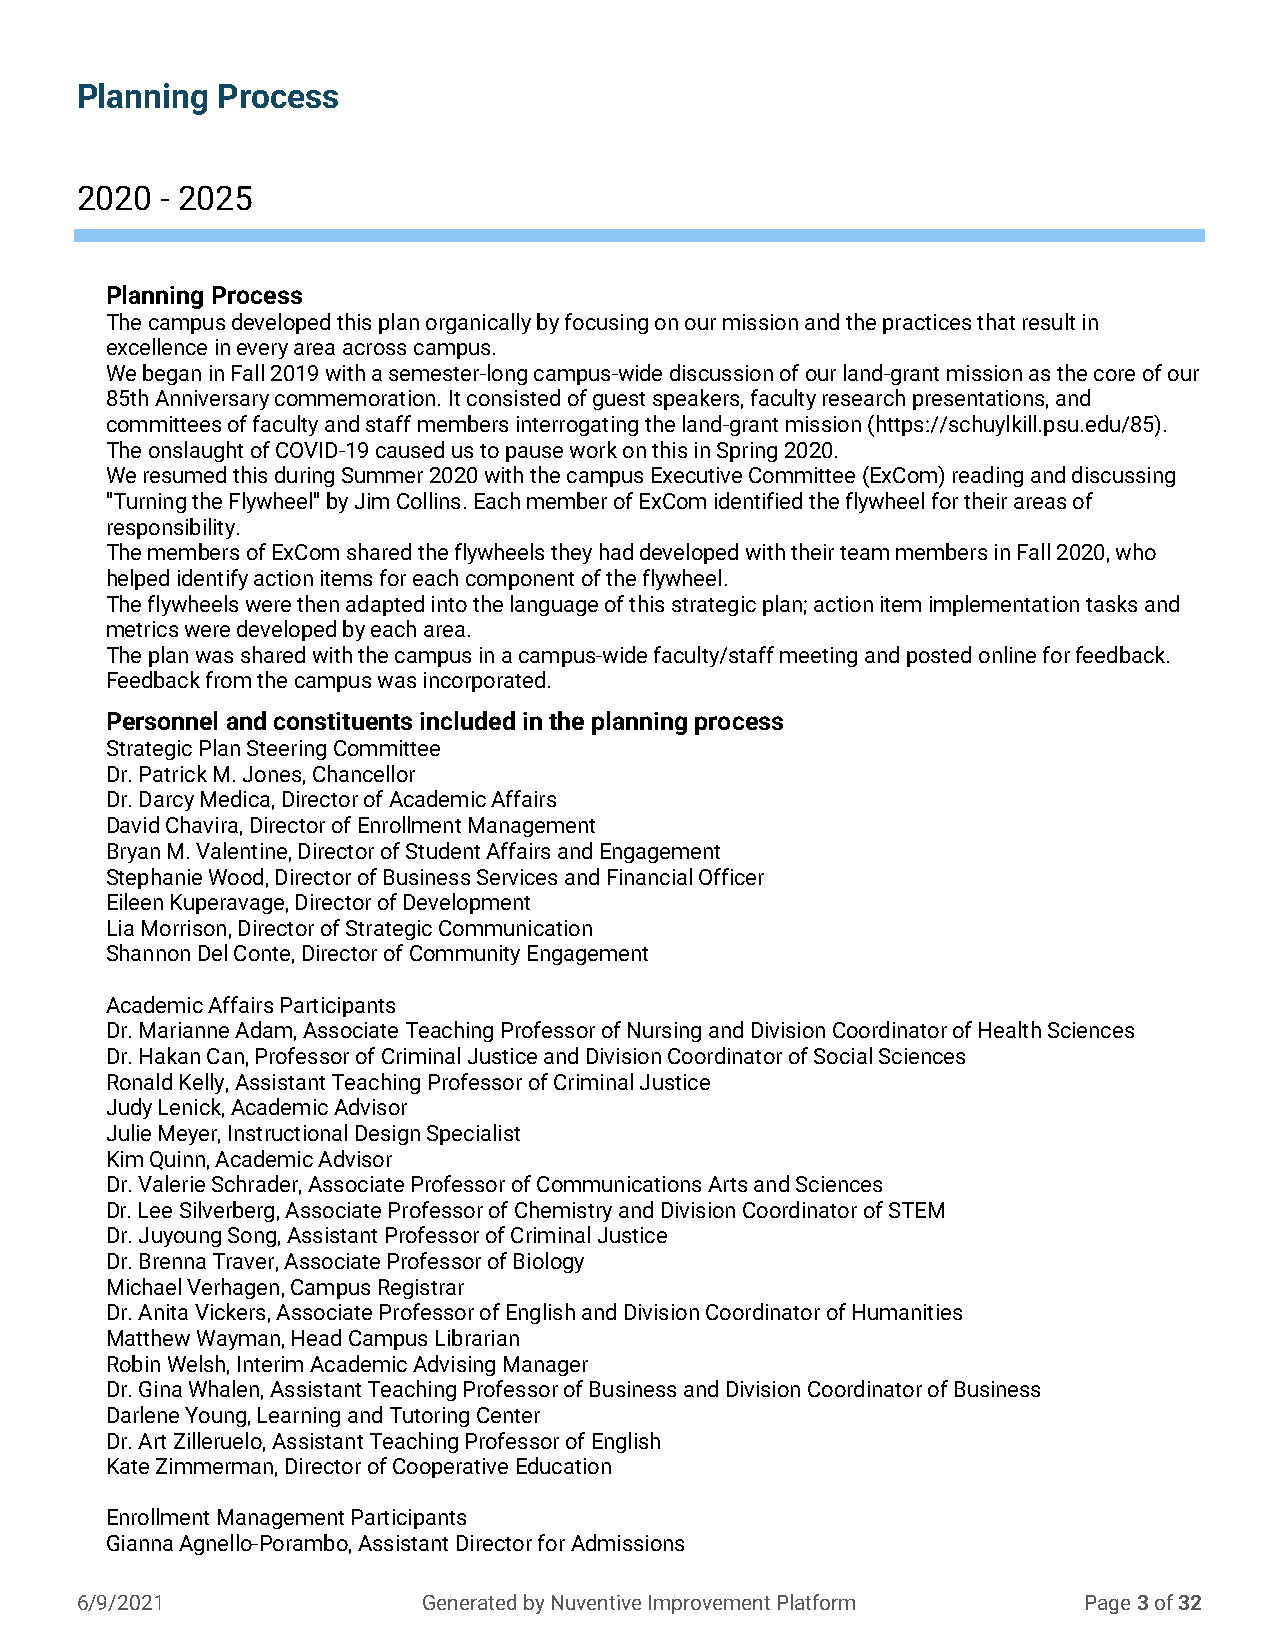
Planning Process
 Planning Process
 Planning Process
 2020  - 2025
 Planning Process
 The campus developed this plan organically by focusing on our mission and the practices that result in
 excellence in every area across campus.
 We began in Fall 2019 with a semester-long campus-wide discussion of our land-grant mission as the core of our
 85th Anniversary commemoration. It consisted of guest speakers, faculty research presentations, and
 committees of faculty and staff members interrogating the land-grant mission (https://schuylkill.psu.edu/85).
 The onslaught of COVID-19 caused us to pause work on this in Spring 2020.
 We resumed this during Summer 2020 with the campus Executive Committee (ExCom) reading and discussing
 "Turning the Flywheel" by Jim Collins. Each member of ExCom identified the flywheel for their areas of
 responsibility.
 The members of ExCom shared the flywheels they had developed with their team members in Fall 2020, who
 helped identify action items for each component of the flywheel.
 The flywheels were then adapted into the language of this strategic plan; action item implementation tasks and
 metrics were developed by each area.
 The plan was shared with the campus in a campus-wide faculty/staff meeting and posted online for feedback.
 Feedback from the campus was incorporated.
 Personnel and constituents included in the planning process
 Strategic Plan Steering Committee
 Dr. Patrick M. Jones, Chancellor
 Dr. Darcy Medica, Director of Academic Affairs
 David Chavira, Director of Enrollment Management
 Bryan M. Valentine, Director of Student Affairs and Engagement
 Stephanie Wood, Director of Business Services and Financial Officer
 Eileen Kuperavage, Director of Development
 Lia Morrison, Director of Strategic Communication
 Shannon Del Conte, Director of Community Engagement
 Academic Affairs Participants
 Dr. Marianne Adam, Associate Teaching Professor of Nursing and Division Coordinator of Health Sciences
 Dr. Hakan Can, Professor of Criminal Justice and Division Coordinator of Social Sciences
 Ronald Kelly, Assistant Teaching Professor of Criminal Justice
 Judy Lenick, Academic Advisor
 Julie Meyer, Instructional Design Specialist
 Kim Quinn, Academic Advisor
 Dr. Valerie Schrader, Associate Professor of Communications Arts and Sciences
 Dr. Lee Silverberg, Associate Professor of Chemistry and Division Coordinator of STEM
 Dr. Juyoung Song, Assistant Professor of Criminal Justice
 Dr. Brenna Traver, Associate Professor of Biology
 Michael Verhagen, Campus Registrar
 Dr. Anita Vickers, Associate Professor of English and Division Coordinator of Humanities
 Matthew Wayman, Head Campus Librarian
 Robin Welsh, Interim Academic Advising Manager
 Dr. Gina Whalen, Assistant Teaching Professor of Business and Division Coordinator of Business
 Darlene Young, Learning and Tutoring Center
 Dr. Art Zilleruelo, Assistant Teaching Professor of English
 Kate Zimmerman, Director of Cooperative Education
 Enrollment Management Participants
 Gianna Agnello-Porambo, Assistant Director for Admissions
 6/9/2021               Generated by Nuventive Improvement Platform Page 3 of 32